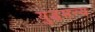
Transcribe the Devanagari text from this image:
युद्धमन्य